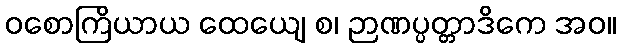
ဝစောကြိယာယ ထေယျေ စ၊ ဉာဏပ္ပတ္တာဒိကေ အဝ။